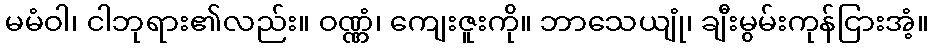
မမံဝါ၊ ငါဘုရား၏လည်း။ ဝဏ္ဏံ၊ ကျေးဇူးကို။ ဘာသေယျုံ၊ ချီးမွမ်းကုန်ငြားအံ့။